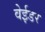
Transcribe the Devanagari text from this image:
वेईडर